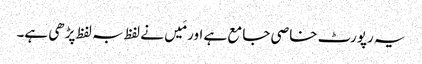
یہ رپورٹ خاصی جامع ہے اور مَیں نے لفظ بہ لفظ پڑھی ہے۔